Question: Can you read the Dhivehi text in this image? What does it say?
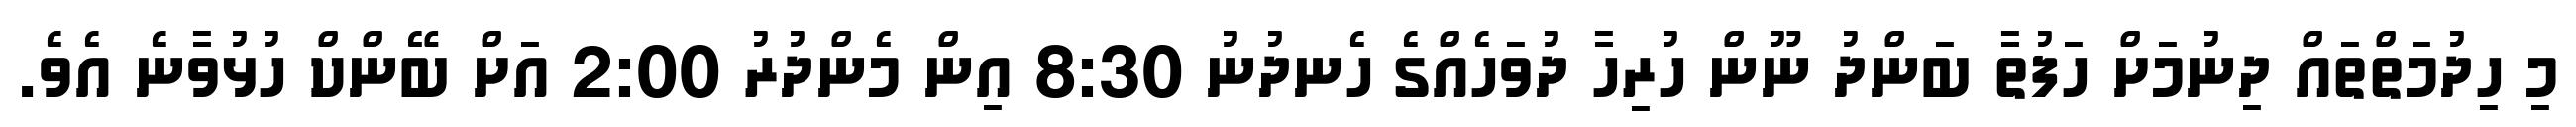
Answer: މި ހިދުމަތްތައް ދިނުމަށް ހަފުތާ ބަންދު ނޫން ހުރިހާ ދުވަހެއްގެ ހެނދުނު 8:30 އިން މެންދުރު 2:00 އަށް ބޭންކް ހުޅުވާނެ އެވެ.